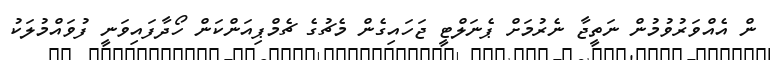
ން އެއްވަރުވުމުން ނަތީޖާ ނެރުމަށް ޕެނަލްޓީ ޖަހައިގެން މެޗުގެ ޗެމްޕިއަންކަން ހޯދާފައިވަނީ ފުވައްމުލަކު